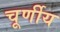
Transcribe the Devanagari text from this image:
चूर्णीय